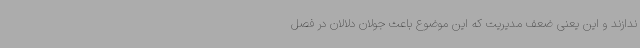
ندازند و این یعنی ضعف مدیریت که این موضوع باعث جولان دلالان در فصل